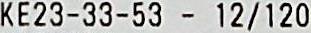
KE23-33-53 - 12/120